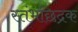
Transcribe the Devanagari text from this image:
स्तंभछिद्रक